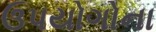
ઉપયોગોના